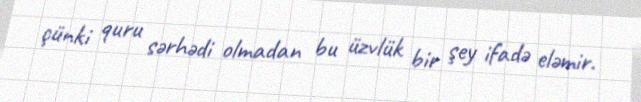
çünki quru sərhədi olmadan bu üzvlük bir şey ifadə eləmir.